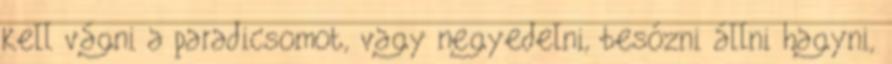
kell vágni a paradicsomot, vagy negyedelni, besózni állni hagyni,